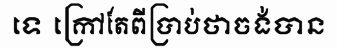
ទេ ក្រៅតែពីប្រាប់ថាចង់បាន